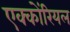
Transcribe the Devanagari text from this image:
एक्कोंरियल